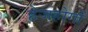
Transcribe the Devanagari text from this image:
हेजहोगों